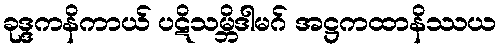
ခုဒ္ဒကနိကာယ် ပဋိသမ္ဘိဒါမဂ် အဋ္ဌကထာနိဿယ